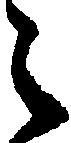
々